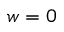
w = 0